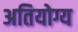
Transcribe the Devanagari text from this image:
अतियोग्य